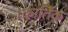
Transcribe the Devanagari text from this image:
।कातिॅक